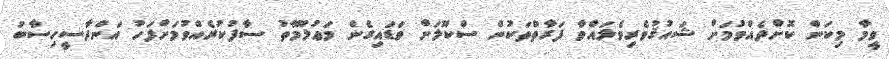
ވީމާ މިކަން ކޮށްދެއްވުމަށް ޝައުޤުވެރިވެލައްވާ ފަރާތްތަކުން ސްކޫލަށް ވަޑައިގެން މަޢުލޫމާތު ސާފުކުރެއްވުމަށްފަހު އަންދާސީހިސާބު